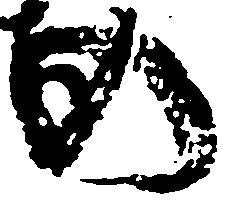
の